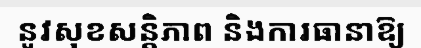
នូវសុខសន្តិភាព និងការធានាឱ្យ